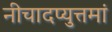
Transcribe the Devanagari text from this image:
नीचादप्युत्तमां